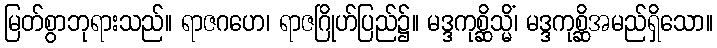
မြတ်စွာဘုရားသည်။ ရာဇဂဟေ၊ ရာဇဂြိုဟ်ပြည်၌။ မဒ္ဒကုစ္ဆိသ္မိံ၊ မဒ္ဒကုစ္ဆိအမည်ရှိသော။